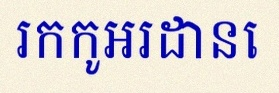
រកកូអរដោនេ